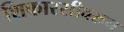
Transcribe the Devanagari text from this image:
शिफारसीवरुन